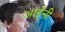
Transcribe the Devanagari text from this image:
आईंनी